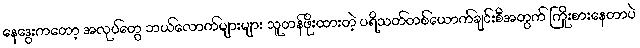
နေဒွေးကတော့ အလုပ်တွေ ဘယ်လောက်များများ သူတန်ဖိုးထားတဲ့ ပရိသတ်တစ်ယောက်ချင်းစီအတွက် ကြိုးစားနေတာပဲ